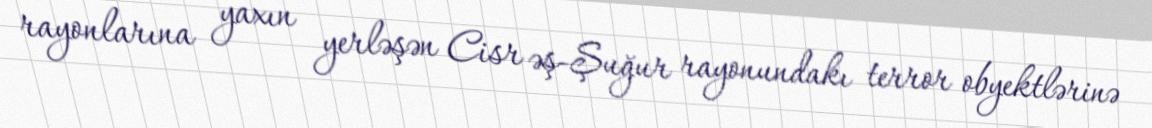
rayonlarına yaxın yerləşən Cisr əş-Şuğur rayonundakı terror obyektlərinə